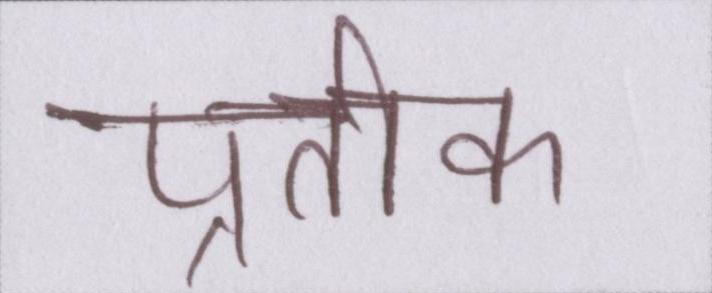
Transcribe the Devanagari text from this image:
प्रतीक